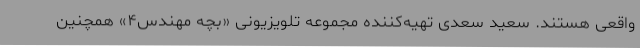
واقعی هستند. سعید سعدی تهیه‌کننده مجموعه تلویزیونی «بچه مهندس۴» همچنین